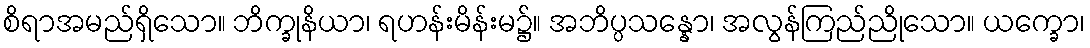
စိရာအမည်ရှိသော။ ဘိက္ခုနိယာ၊ ရဟန်းမိန်းမ၌။ အဘိပ္ပသန္နော၊ အလွန်ကြည်ညိုသော။ ယက္ခော၊